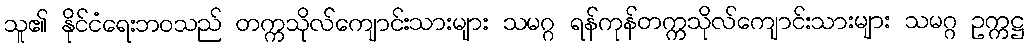
သူ၏ နိုင်ငံရေးဘဝသည် တက္ကသိုလ်ကျောင်းသားများ သမဂ္ဂ ရန်ကုန်တက္ကသိုလ်ကျောင်းသားများ သမဂ္ဂ ဥက္ကဋ္ဌ